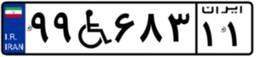
۹۹W۶۸۳۱۱